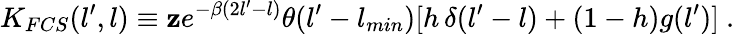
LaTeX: K_{FCS}(l^{\prime},l)\equiv\mathbf{z}e^{-\beta(2l^{\prime}-l)}\theta(l^{\prime}-l_{min})[h\, \delta(l^{\prime}-l)+(1-h)g(l^{\prime})]\ .